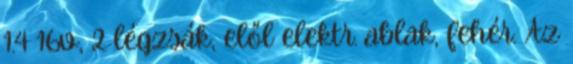
1.4 16v, 2 légzsák, elől elektr. ablak, fehér. Az